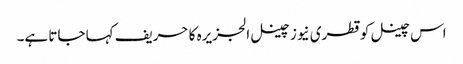
اس چینل کو قطری نیوز چینل الجزیرہ کا حریف کہا جاتا ہے۔